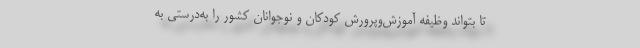
تا بتواند وظیفه آموزش‌وپرورش کودکان و نوجوانان کشور را به‌درستی به